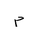
Letter: _mim